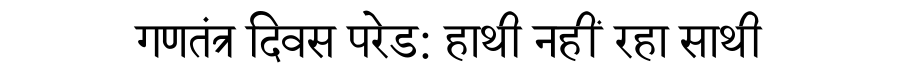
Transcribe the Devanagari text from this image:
गणतंत्र दिवस परेड: हाथी नहीं रहा साथी